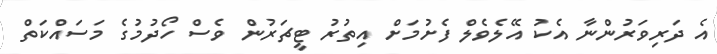
އެ ދަރިވަރުންނާ އެކު އޭލެވެލް ފެށުމަށް އިތުރު ޓީޗަރުން ވެސް ހޯދުމުގެ މަސައްކަތް